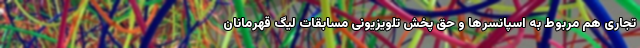
تجاری هم مربوط به اسپانسرها و حق پخش تلویزیونی مسابقات لیگ قهرمانان